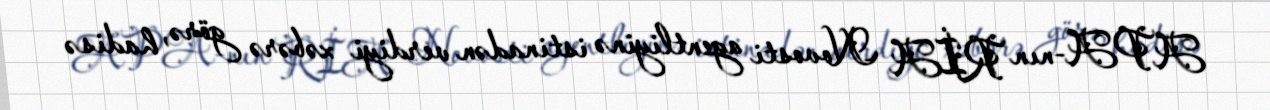
APA-nın RİA Novosti agentliyinə istinadən verdiyi xəbərə görə, hadisə